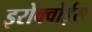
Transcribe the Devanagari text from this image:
इरोक्वोईस